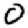
Digit: 0